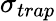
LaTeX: \sigma_{trap}